Newspaper: The Indianapolis journal. [volume]
Place of publication: Indianapolis [Ind.]
Publisher: Douglass & Conner
Date: 1890-02-24 00:00:00
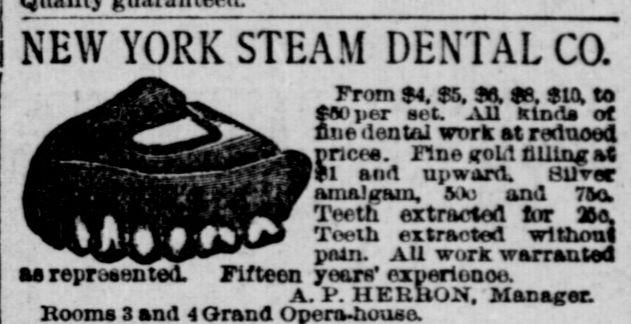
Advertisement text (OCR):
NEW YORK STEAM DENTAL CO. From f4.fS.Jrt.ffi. fia. to raoiier sec All kind of mie dental work at reduood . prices. Fine (roll filling at t and ujwiird. Buret amalgam. &V) and 7&o Teeth extracted tor Xo. Teeth extracted without rxun. AU work warranted as represented. Fifteen years pxperionoa. A. l. liEUROX. manager. Rooms 3 and 4 Orand
Label: illustrations